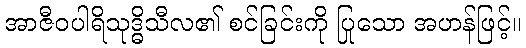
အာဇီဝပါရိသုဒ္ဓိသီလ၏ စင်ခြင်းကို ပြုသော အဟန်ဖြင့်။